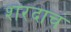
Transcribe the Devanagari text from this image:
शरदाचं